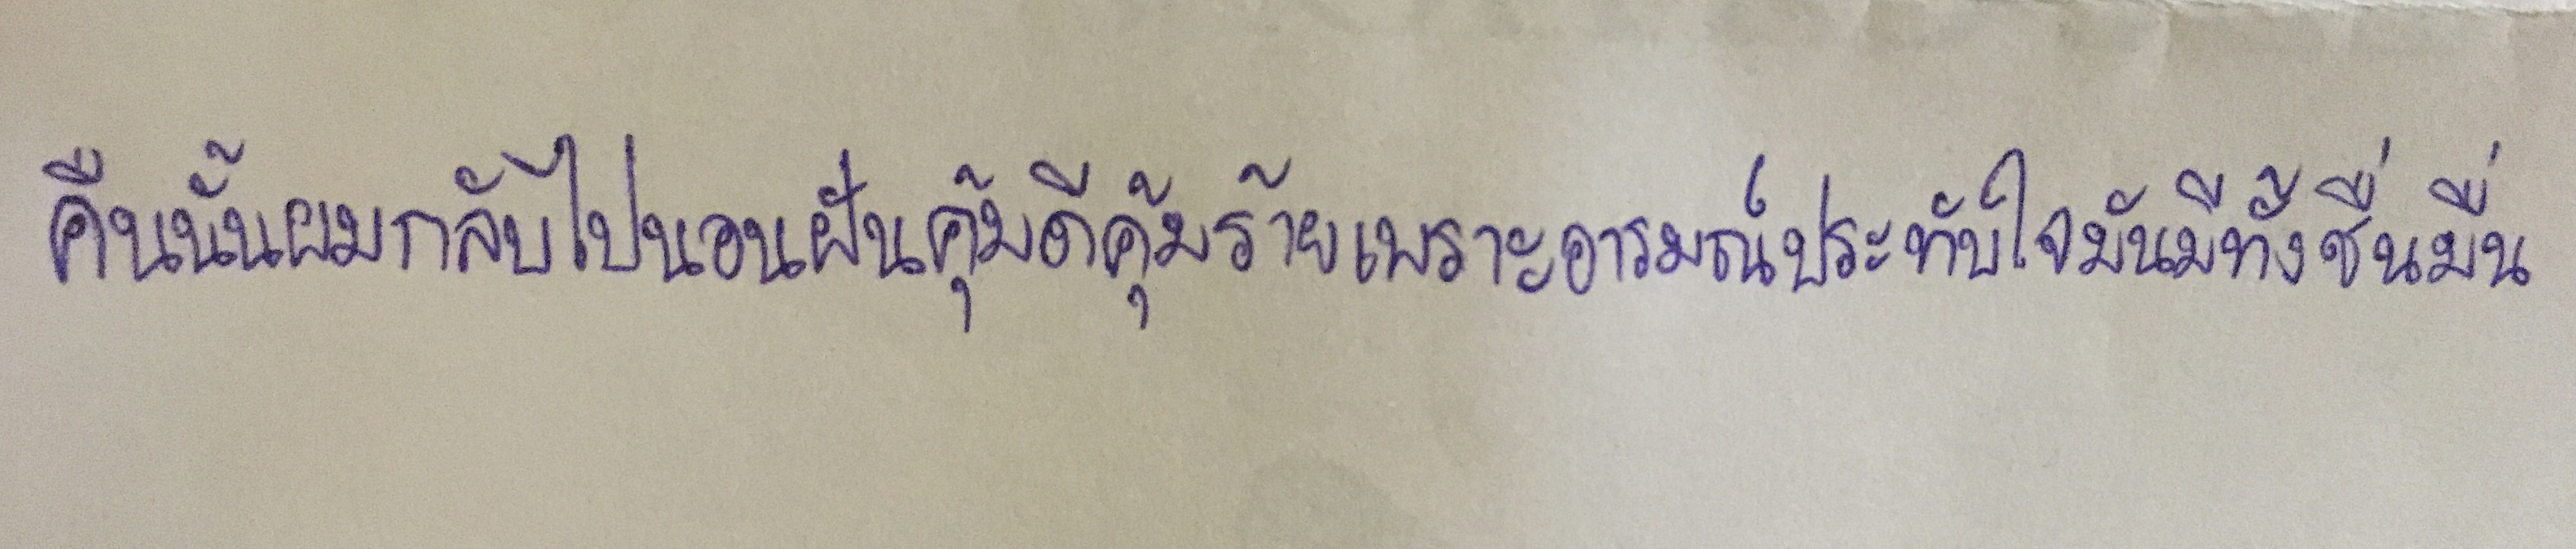
คืนนั้นผมกลับไปนอนฝันคุ้มดีคุ้มร้ายเพราะอารมณ์ประทับใจมันมีทั้งชื่นมื่น